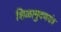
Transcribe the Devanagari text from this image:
शिळामुदणयंत्र